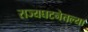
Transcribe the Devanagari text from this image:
राज्यघटनेतल्या